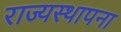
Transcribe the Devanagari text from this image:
राज्यस्थापना